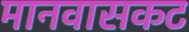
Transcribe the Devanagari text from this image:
मानवासकट